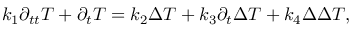
\begin{array} { r } { k _ { 1 } \partial _ { t t } T + \partial _ { t } T = k _ { 2 } \Delta T + k _ { 3 } \partial _ { t } \Delta T + k _ { 4 } \Delta \Delta T , } \end{array}